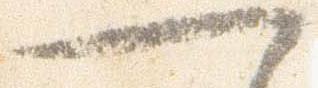
一